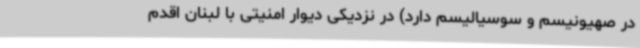
در صهیونیسم و سوسیالیسم دارد) در نزدیکی دیوار امنیتی با لبنان اقدم